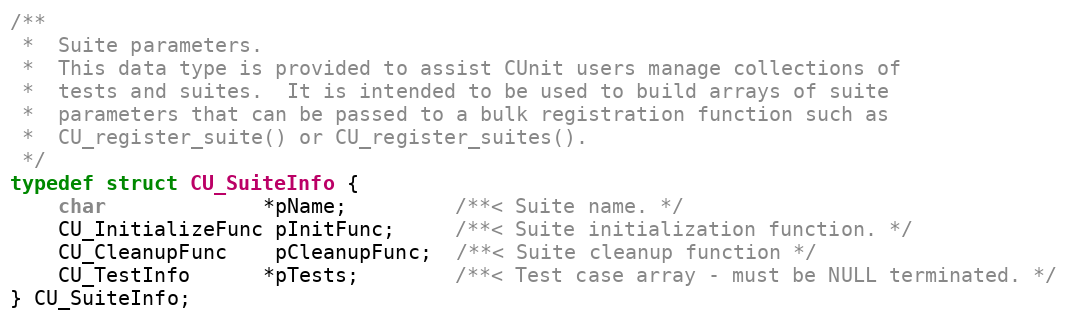
Language: C
/**
 *  Suite parameters.
 *  This data type is provided to assist CUnit users manage collections of
 *  tests and suites.  It is intended to be used to build arrays of suite
 *  parameters that can be passed to a bulk registration function such as
 *  CU_register_suite() or CU_register_suites().
 */
typedef struct CU_SuiteInfo {
	char             *pName;         /**< Suite name. */
	CU_InitializeFunc pInitFunc;     /**< Suite initialization function. */
	CU_CleanupFunc    pCleanupFunc;  /**< Suite cleanup function */
	CU_TestInfo      *pTests;        /**< Test case array - must be NULL terminated. */
} CU_SuiteInfo;